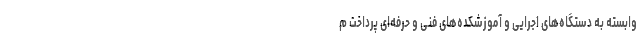
وابسته به دستگاه‌های اجرایی و آموزشکده‌های فنی و حرفه‌ای پرداخت م